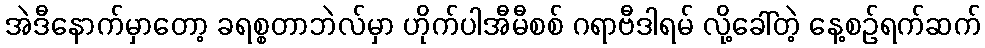
အဲဒီနောက်မှာတော့ ခရစ္စတာဘဲလ်မှာ ဟိုက်ပါအီမီစစ် ဂရာဗီဒါရမ် လို့ခေါ်တဲ့ နေ့စဉ်ရက်ဆက်